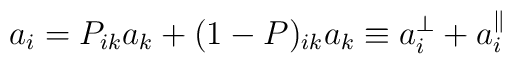
a_i = P_{ik} a_k + (1-P)_{ik}a_k \equiv a^{\perp}_i +a^{\parallel}_i